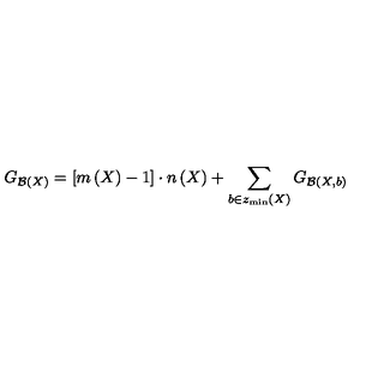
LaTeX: G _ { { \cal B } \left( X \right) } = \left[ m \left( X \right) - 1 \right] \cdot n \left( X \right) + \sum _ { b \in z _ { \min } \left( X \right) } G _ { { \cal B } \left( X , b \right) }